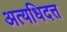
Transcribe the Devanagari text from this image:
अत्यधिदत्त